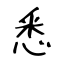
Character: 悉